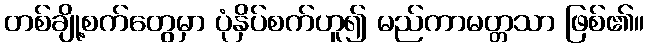
တစ်ချို့စက်တွေမှာ ပုံနှိပ်စက်ဟူ၍ မည်ကာမတ္တသာ ဖြစ်၏။